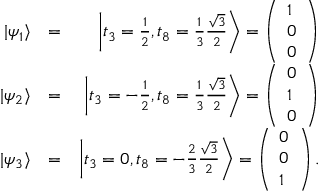
\begin{array} { r l r } { | \psi _ { 1 } \rangle } & { = } & { \left| t _ { 3 } = \frac { 1 } { 2 } , t _ { 8 } = \frac { 1 } { 3 } \frac { \sqrt { 3 } } { 2 } \right\rangle = \left( \begin{array} { l } { 1 } \\ { 0 } \\ { 0 } \end{array} \right) } \\ { | \psi _ { 2 } \rangle } & { = } & { \left| t _ { 3 } = - \frac { 1 } { 2 } , t _ { 8 } = \frac { 1 } { 3 } \frac { \sqrt { 3 } } { 2 } \right\rangle = \left( \begin{array} { l } { 0 } \\ { 1 } \\ { 0 } \end{array} \right) } \\ { | \psi _ { 3 } \rangle } & { = } & { \left| t _ { 3 } = 0 , t _ { 8 } = - \frac { 2 } { 3 } \frac { \sqrt { 3 } } { 2 } \right\rangle = \left( \begin{array} { l } { 0 } \\ { 0 } \\ { 1 } \end{array} \right) . } \end{array}